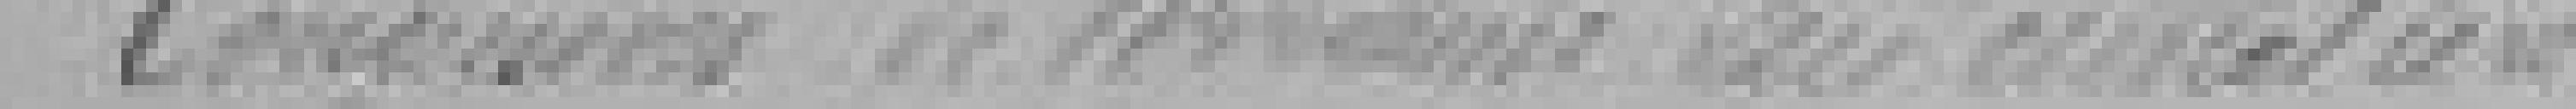
Concession de terrains au cimetière